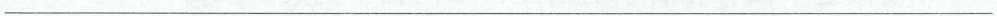
___